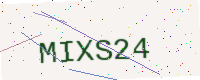
Text: MIXS24